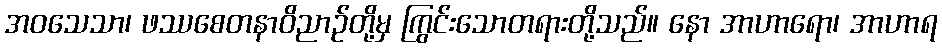
အဝသေသာ၊ ဖဿစေတနာဝိညာဉ်တို့မှ ကြွင်းသောတရားတို့သည်။ နော အာဟာရော၊ အာဟာရ